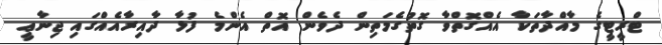
ޓްރީޓީގެ މާއްދާތަކާ އެއްގޮތްވާ ގޮތުގެމަތިން ދެވެން އޮތް އެންމެ ފުޅާ ދާއިރާއެއްގައި ޖިނާޢީ